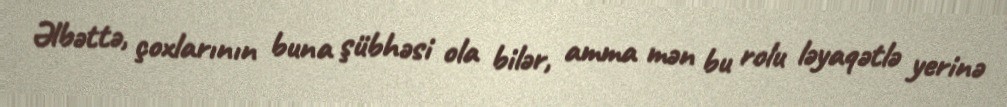
Əlbəttə, çoxlarının buna şübhəsi ola bilər, amma mən bu rolu ləyaqətlə yerinə